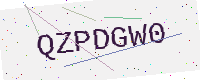
Text: QZPDGW0